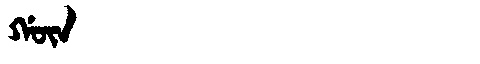
Manchu: ᡤᡡᠨ
Romanization: GŪN